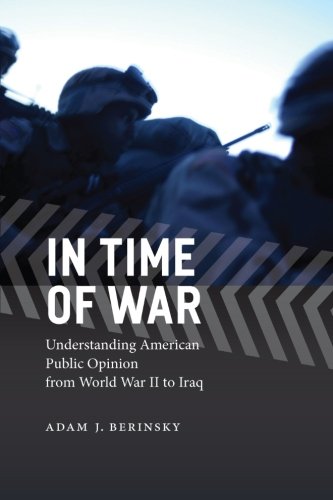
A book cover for In Time of War: Understanding American Public Opinion from World War II to Iraq (Chicago Studies in American Politics); Adam J. Berinsky; History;